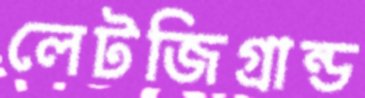
লেটজিগ্রান্ড